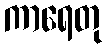
ကာရေတု